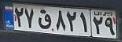
۲۷ق۸۲۱۲۹